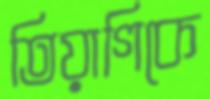
তিয়াগিকে